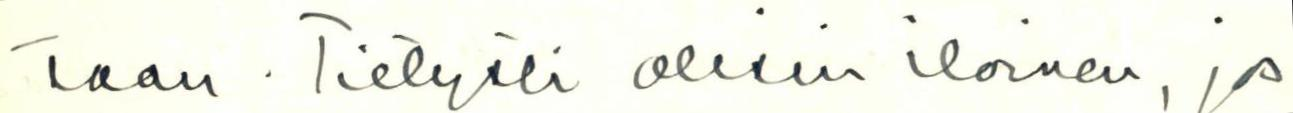
taan. Tietysti olisin iloinen, jos